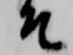
そ